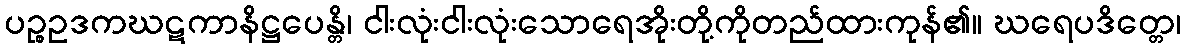
ပဉ္စဥဒကဃဋကာနိဋ္ဌပေန္တိ၊ ငါးလုံးငါးလုံးသောရေအိုးတို့ကိုတည်ထားကုန်၏။ ဃရေပဒိတ္တေ၊